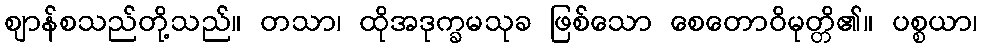
ဈာန်စသည်တို့သည်။ တသာ၊ ထိုအဒုက္ခမသုခ ဖြစ်သော စေတောဝိမုတ္တိ၏။ ပစ္စယာ၊